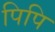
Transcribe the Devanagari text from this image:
पिपि